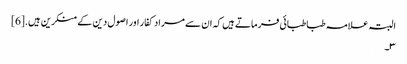
البتہ علامہ طباطبائی فرماتے ہیں کہ ان سے مراد کفار اور اصول دین کے منکرین ہیں.[6]
۳۔